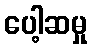
ပေါ့ဆမှု